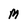
Character: M